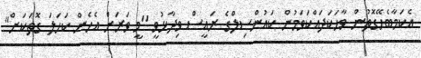
އެކަމާބެހޭގޮތުން ވާހަކަދައްކަވަމުން ކައުންސިލްގެ ރައީސް ވިދާޅުވީ "މީ ވަރަށް އެހެން ކަހަލަ ގޮތަކަށް"